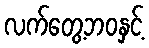
လက်တွေ့ဘဝနှင့်